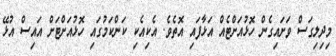
މިދިލިގަސް ވަށައިގެން ހޮޅުއަށްޓެއް އަޅާފައި އޮތެވެ. އެކިއެކި ކަންކަމުގައި ހޮޅުއަށްޓަށް އައިސް އުޅޭ